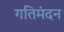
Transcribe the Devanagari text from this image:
गतिमंदन